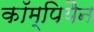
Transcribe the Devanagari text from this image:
कॉम्पियैन